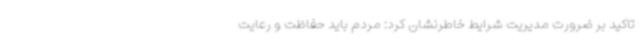
تاکید بر ضرورت مدیریت شرایط خاطرنشان کرد: مردم باید حفاظت و رعایت